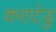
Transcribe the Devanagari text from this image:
कराटेडु